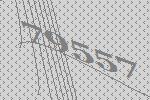
79557